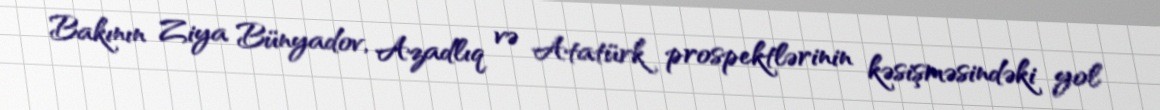
Bakının Ziya Bünyadov, Azadlıq və Atatürk prospektlərinin kəsişməsindəki yol